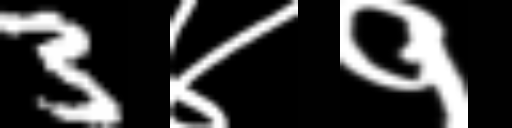
Text: 3४१